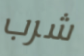
شرب